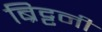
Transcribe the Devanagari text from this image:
ब्रिट्टनी